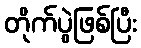
တိုက်ပွဲဖြစ်ပြီး